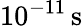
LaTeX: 10^{-11}\, \mathrm{s}